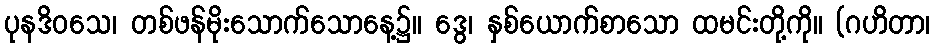
ပုနဒိဝသေ၊ တစ်ဖန်မိုးသောက်သောနေ့၌။ ဒွေ၊ နှစ်ယောက်စာသော ထမင်းတို့ကို။ (ဂဟိတာ၊